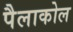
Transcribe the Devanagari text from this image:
पैलाकोल